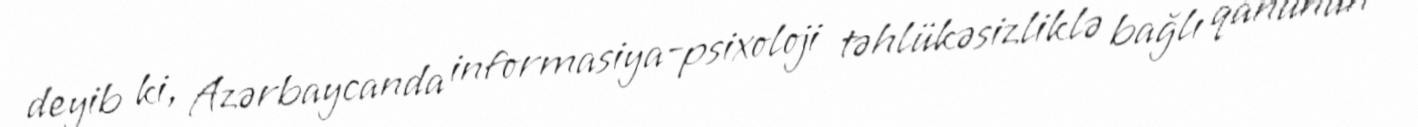
deyib ki, Azərbaycanda informasiya-psixoloji təhlükəsizliklə bağlı qanunun